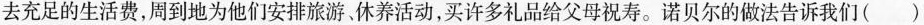
去充足的生活费，周到地为他们安排旅游休养活动，买许多礼品给父母祝寿。诺贝尔的做法告诉我们( )